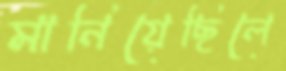
মানিয়েছিলে